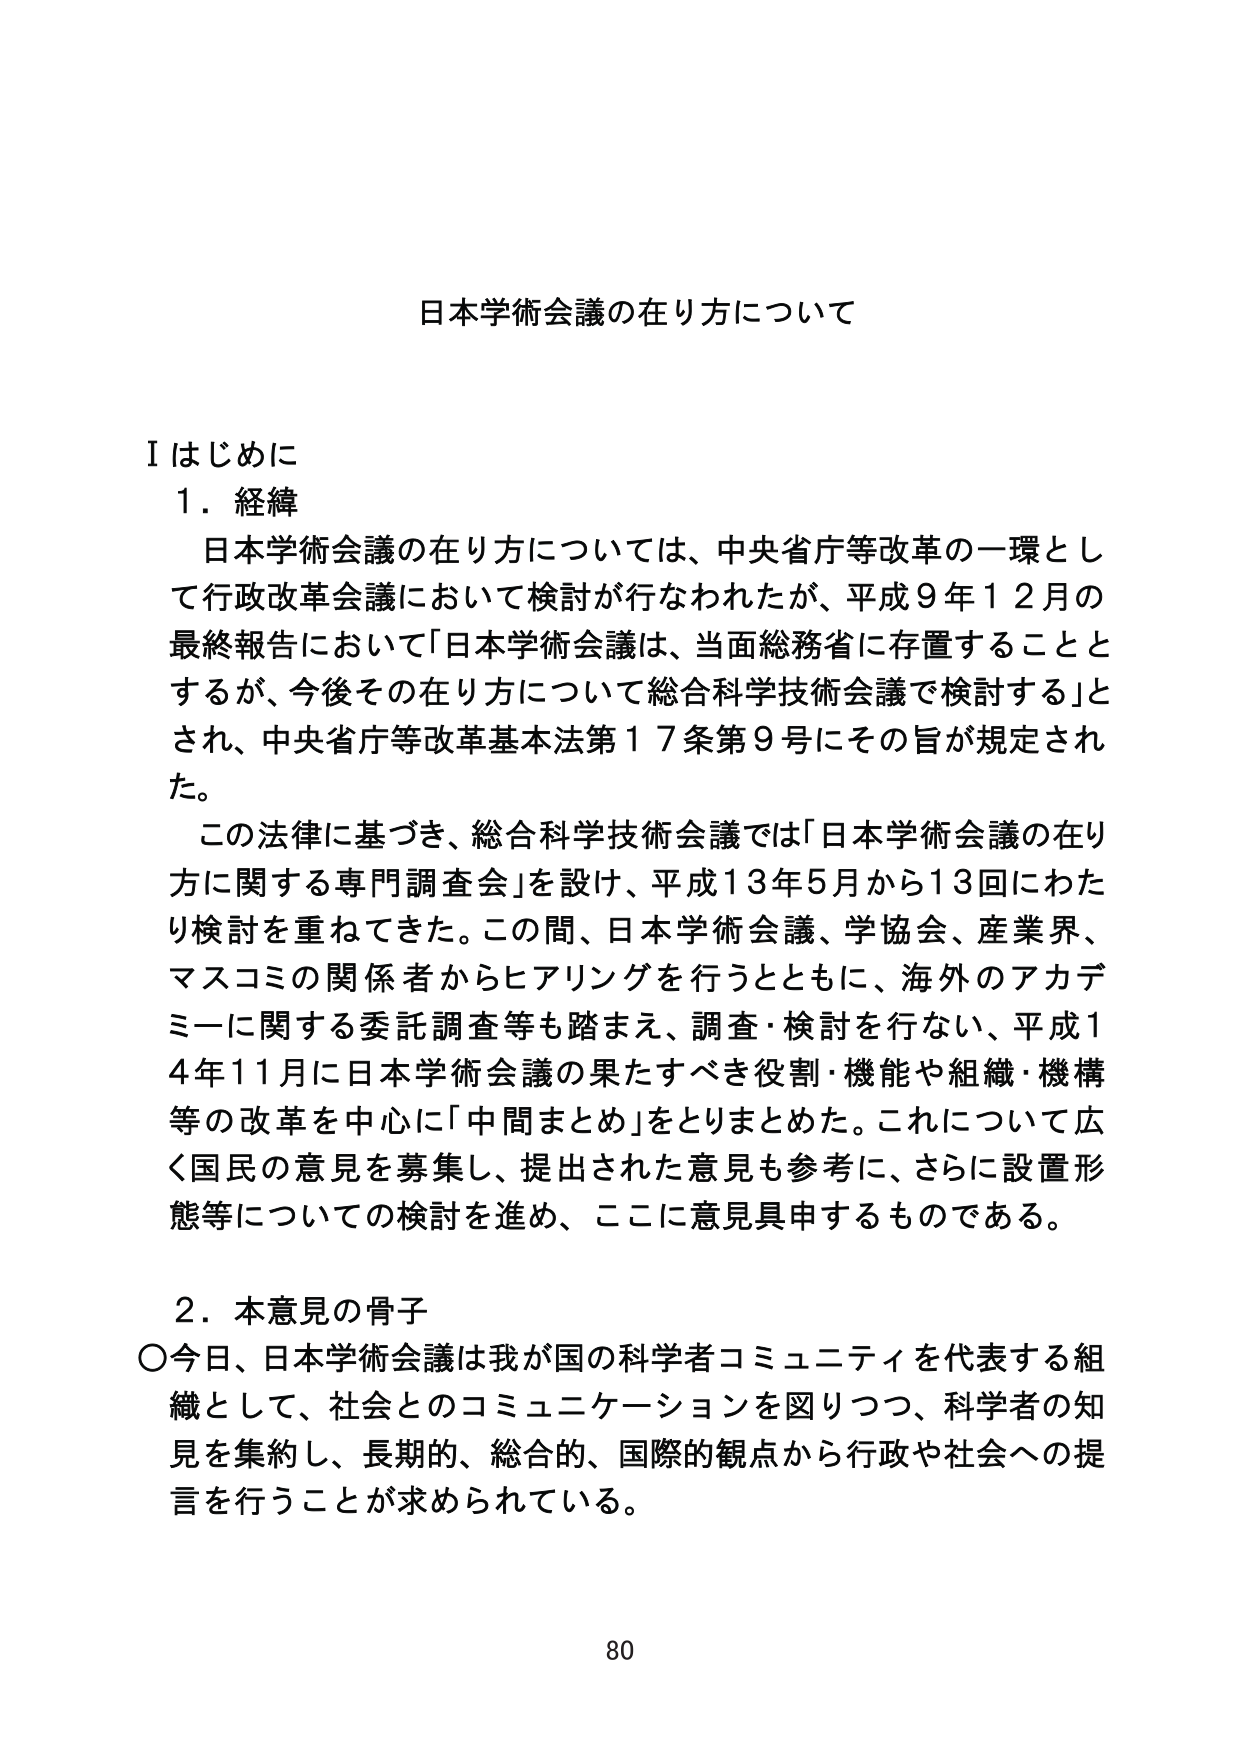
日本学術会議の在り方について

Ⅰ はじめに
１．経緯
　日本学術会議の在り方については、中央省庁等改革の一環として行政改革会議において検討が行なわれたが、平成９年１２月の最終報告において「日本学術会議は、当面総務省に存置することとするが、今後その在り方について総合科学技術会議で検討する」とされ、中央省庁等改革基本法第１７条第９号にその旨が規定された。
　この法律に基づき、総合科学技術会議では「日本学術会議の在り方に関する専門調査会」を設け、平成１３年５月から１３回にわたり検討を重ねてきた。この間、日本学術会議、学協会、産業界、マスコミの関係者からヒアリングを行うとともに、海外のアカデミーに関する委託調査等も踏まえ、調査・検討を行い、平成１４年１１月に日本学術会議の果たすべき役割・機能や組織・機構等の改革を中心に「中間まとめ」をとりまとめた。これについて広く国民の意見を募集し、提出された意見も参考に、さらに設置形態等についての検討を進め、ここに意見具申するものである。

２．本意見の骨子
○今日、日本学術会議は我が国の科学者コミュニティを代表する組織として、社会とのコミュニケーションを図りつつ、科学者の知見を集約し、長期的、総合的、国際的観点から行政や社会への提言を行うことが求められている。

80